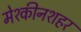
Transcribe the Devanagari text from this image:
मेश्कीनशहर